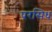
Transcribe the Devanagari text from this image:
परसिध